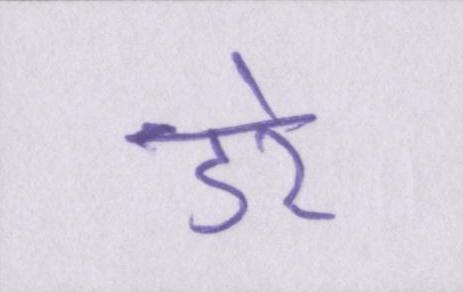
डरे